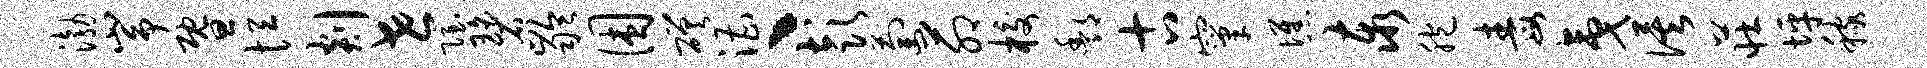
渤峥暨恒剡世隐碧龄困磋漕丶彭萄茆校酆古窠憔泰胞毒夷俟庄坪稼